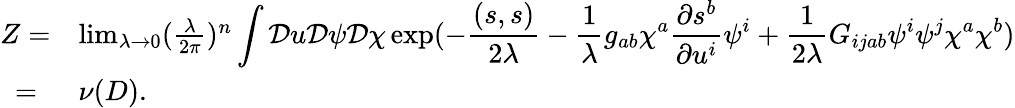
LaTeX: \begin{array}{ll}{{Z=}}&{{\operatorname*{lim}_{\lambda\rightarrow 0}(\frac{\lambda}{2\pi})^{n}\displaystyle\int{\cal D}u{\cal D}\psi{\cal D}\chi\exp(-\frac{(s,s)}{2\lambda}-\frac{1}{\lambda}g_{ab}\chi^{a}\frac{\partial s^{b}}{\partial{u^{i}}}\psi^{i}+\frac{1}{2\lambda}G_{ijab}\psi^{i}\psi^{j}\chi^{a}\chi^{b})}}\\ {{~=}}&{{\nu(D).}}\end{array}